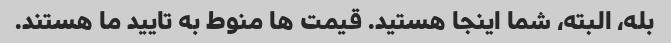
بله، البته، شما اینجا هستید. قیمت ها منوط به تایید ما هستند.